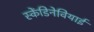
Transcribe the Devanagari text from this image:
स्केंडिनेवियाई